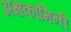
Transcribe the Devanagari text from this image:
अक्षकामिनी